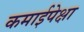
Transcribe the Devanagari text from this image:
कमाईपेक्षा